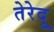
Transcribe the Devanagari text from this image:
तेरेदु